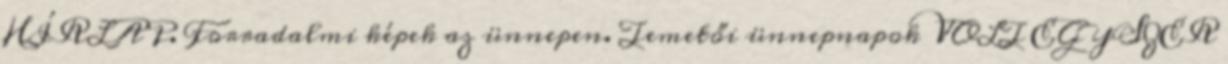
HÍRLAP. Forradalmi képek az ünnepen. Temetői ünnepnapok VOLT EGYSZER